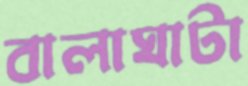
বালাঘাটা